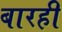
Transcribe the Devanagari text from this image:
बारही